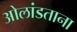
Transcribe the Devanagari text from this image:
ओलांडताना